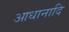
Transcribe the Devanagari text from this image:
आधानादि